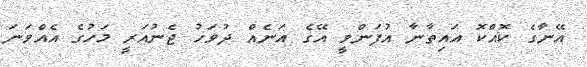
އޭނާގެ ކޮއްކޮ އައިތާނާ އުފަންވީ އޭގެ އަނެއް ދުވަހު ޖެނުއަރީ މަހުގެ އެއްވަނަ